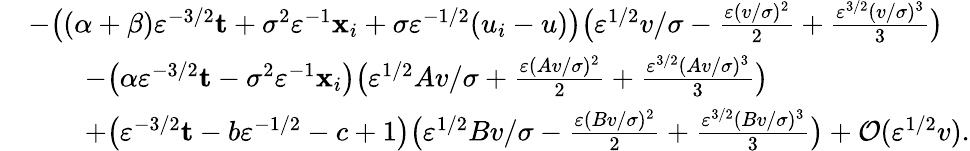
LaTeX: \begin{array}{rl}&{\textstyle-\big((\alpha+\beta)\varepsilon^{-3/2}\mathbf{t}+\sigma^{2}\varepsilon^{-1}\mathbf{x}_{i}+\sigma\varepsilon^{-1/2}(u_{i}-u)\big)\big(\varepsilon^{1/2}v/\sigma-\frac{\varepsilon(v/\sigma)^{2}}{2}+\frac{\varepsilon^{3/2}(v/\sigma)^{3}}{3}\big)}\\ &{\textstyle\qquad-\big(\alpha\varepsilon^{-3/2}\mathbf{t}-\sigma^{2}\varepsilon^{-1}\mathbf{x}_{i}\big)\big(\varepsilon^{1/2}Av/\sigma+\frac{\varepsilon(Av/\sigma)^{2}}{2}+\frac{\varepsilon^{3/2}(Av/\sigma)^{3}}{3}\big)}\\ &{\textstyle\qquad+\big(\varepsilon^{-3/2}\mathbf{t}-b\varepsilon^{-1/2}-c+1\big)\big(\varepsilon^{1/2}Bv/\sigma-\frac{\varepsilon(Bv/\sigma)^{2}}{2}+\frac{\varepsilon^{3/2}(Bv/\sigma)^{3}}{3}\big)+\mathcal{O}(\varepsilon^{1/2}v).}\end{array}